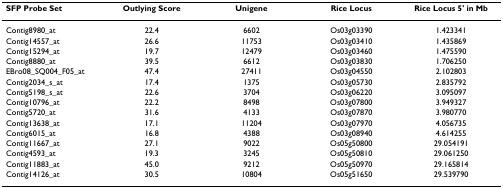
<table><thead><tr><td><b>SFP Probe Set</b></td><td><b>Outlying Score</b></td><td><b>Unigene</b></td><td><b>Rice Locus</b></td><td><b>Rice Locus 5&#x27; in Mb</b></td></tr></thead><tbody><tr><td>Contig8980_at</td><td>22.4</td><td>6602</td><td>Os03g03390</td><td>1.423341</td></tr><tr><td>Contig14557_at</td><td>26.6</td><td>11753</td><td>Os03g03410</td><td>1.435869</td></tr><tr><td>Contig15294_at</td><td>19.7</td><td>12479</td><td>Os03g03460</td><td>1.475590</td></tr><tr><td>Contig8880_at</td><td>39.5</td><td>6612</td><td>Os03g03830</td><td>1.706250</td></tr><tr><td>EBro08_SQ004_F05_at</td><td>47.4</td><td>27411</td><td>Os03g04550</td><td>2.102803</td></tr><tr><td>Contig2034_s_at</td><td>17.4</td><td>1375</td><td>Os03g05730</td><td>2.835792</td></tr><tr><td>Contig5198_s_at</td><td>22.6</td><td>3704</td><td>Os03g06220</td><td>3.095097</td></tr><tr><td>Contig10796_at</td><td>22.2</td><td>8498</td><td>Os03g07800</td><td>3.949327</td></tr><tr><td>Contig5720_at</td><td>31.6</td><td>4133</td><td>Os03g07870</td><td>3.980770</td></tr><tr><td>Contig13638_at</td><td>17.1</td><td>11204</td><td>Os03g07970</td><td>4.056735</td></tr><tr><td>Contig6015_at</td><td>16.8</td><td>4388</td><td>Os03g08940</td><td>4.614255</td></tr><tr><td>Contig11667_at</td><td>27.1</td><td>9022</td><td>Os05g50800</td><td>29.054191</td></tr><tr><td>Contig4593_at</td><td>19.3</td><td>3245</td><td>Os05g50810</td><td>29.061250</td></tr><tr><td>Contig11883_at</td><td>45.0</td><td>9212</td><td>Os05g50970</td><td>29.165814</td></tr><tr><td>Contig14126_at</td><td>30.5</td><td>10804</td><td>Os05g51650</td><td>29.539790</td></tr></tbody></table>